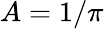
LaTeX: A=1/\pi